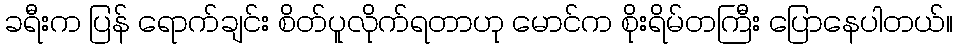
ခရီးက ပြန် ရောက်ချင်း စိတ်ပူလိုက်ရတာဟု မောင်က စိုးရိမ်တကြီး ပြောနေပါတယ်။